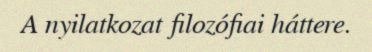
A nyilatkozat filozófiai háttere.